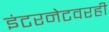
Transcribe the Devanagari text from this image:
इंटरनेटवरही